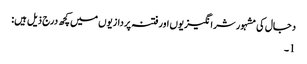
دجال کی مشہور شرانگیزیوں اور فتنہ پردازیوں میں کچھ درج ذیل ہیں:
1۔